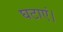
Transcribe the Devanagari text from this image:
घटाएं।